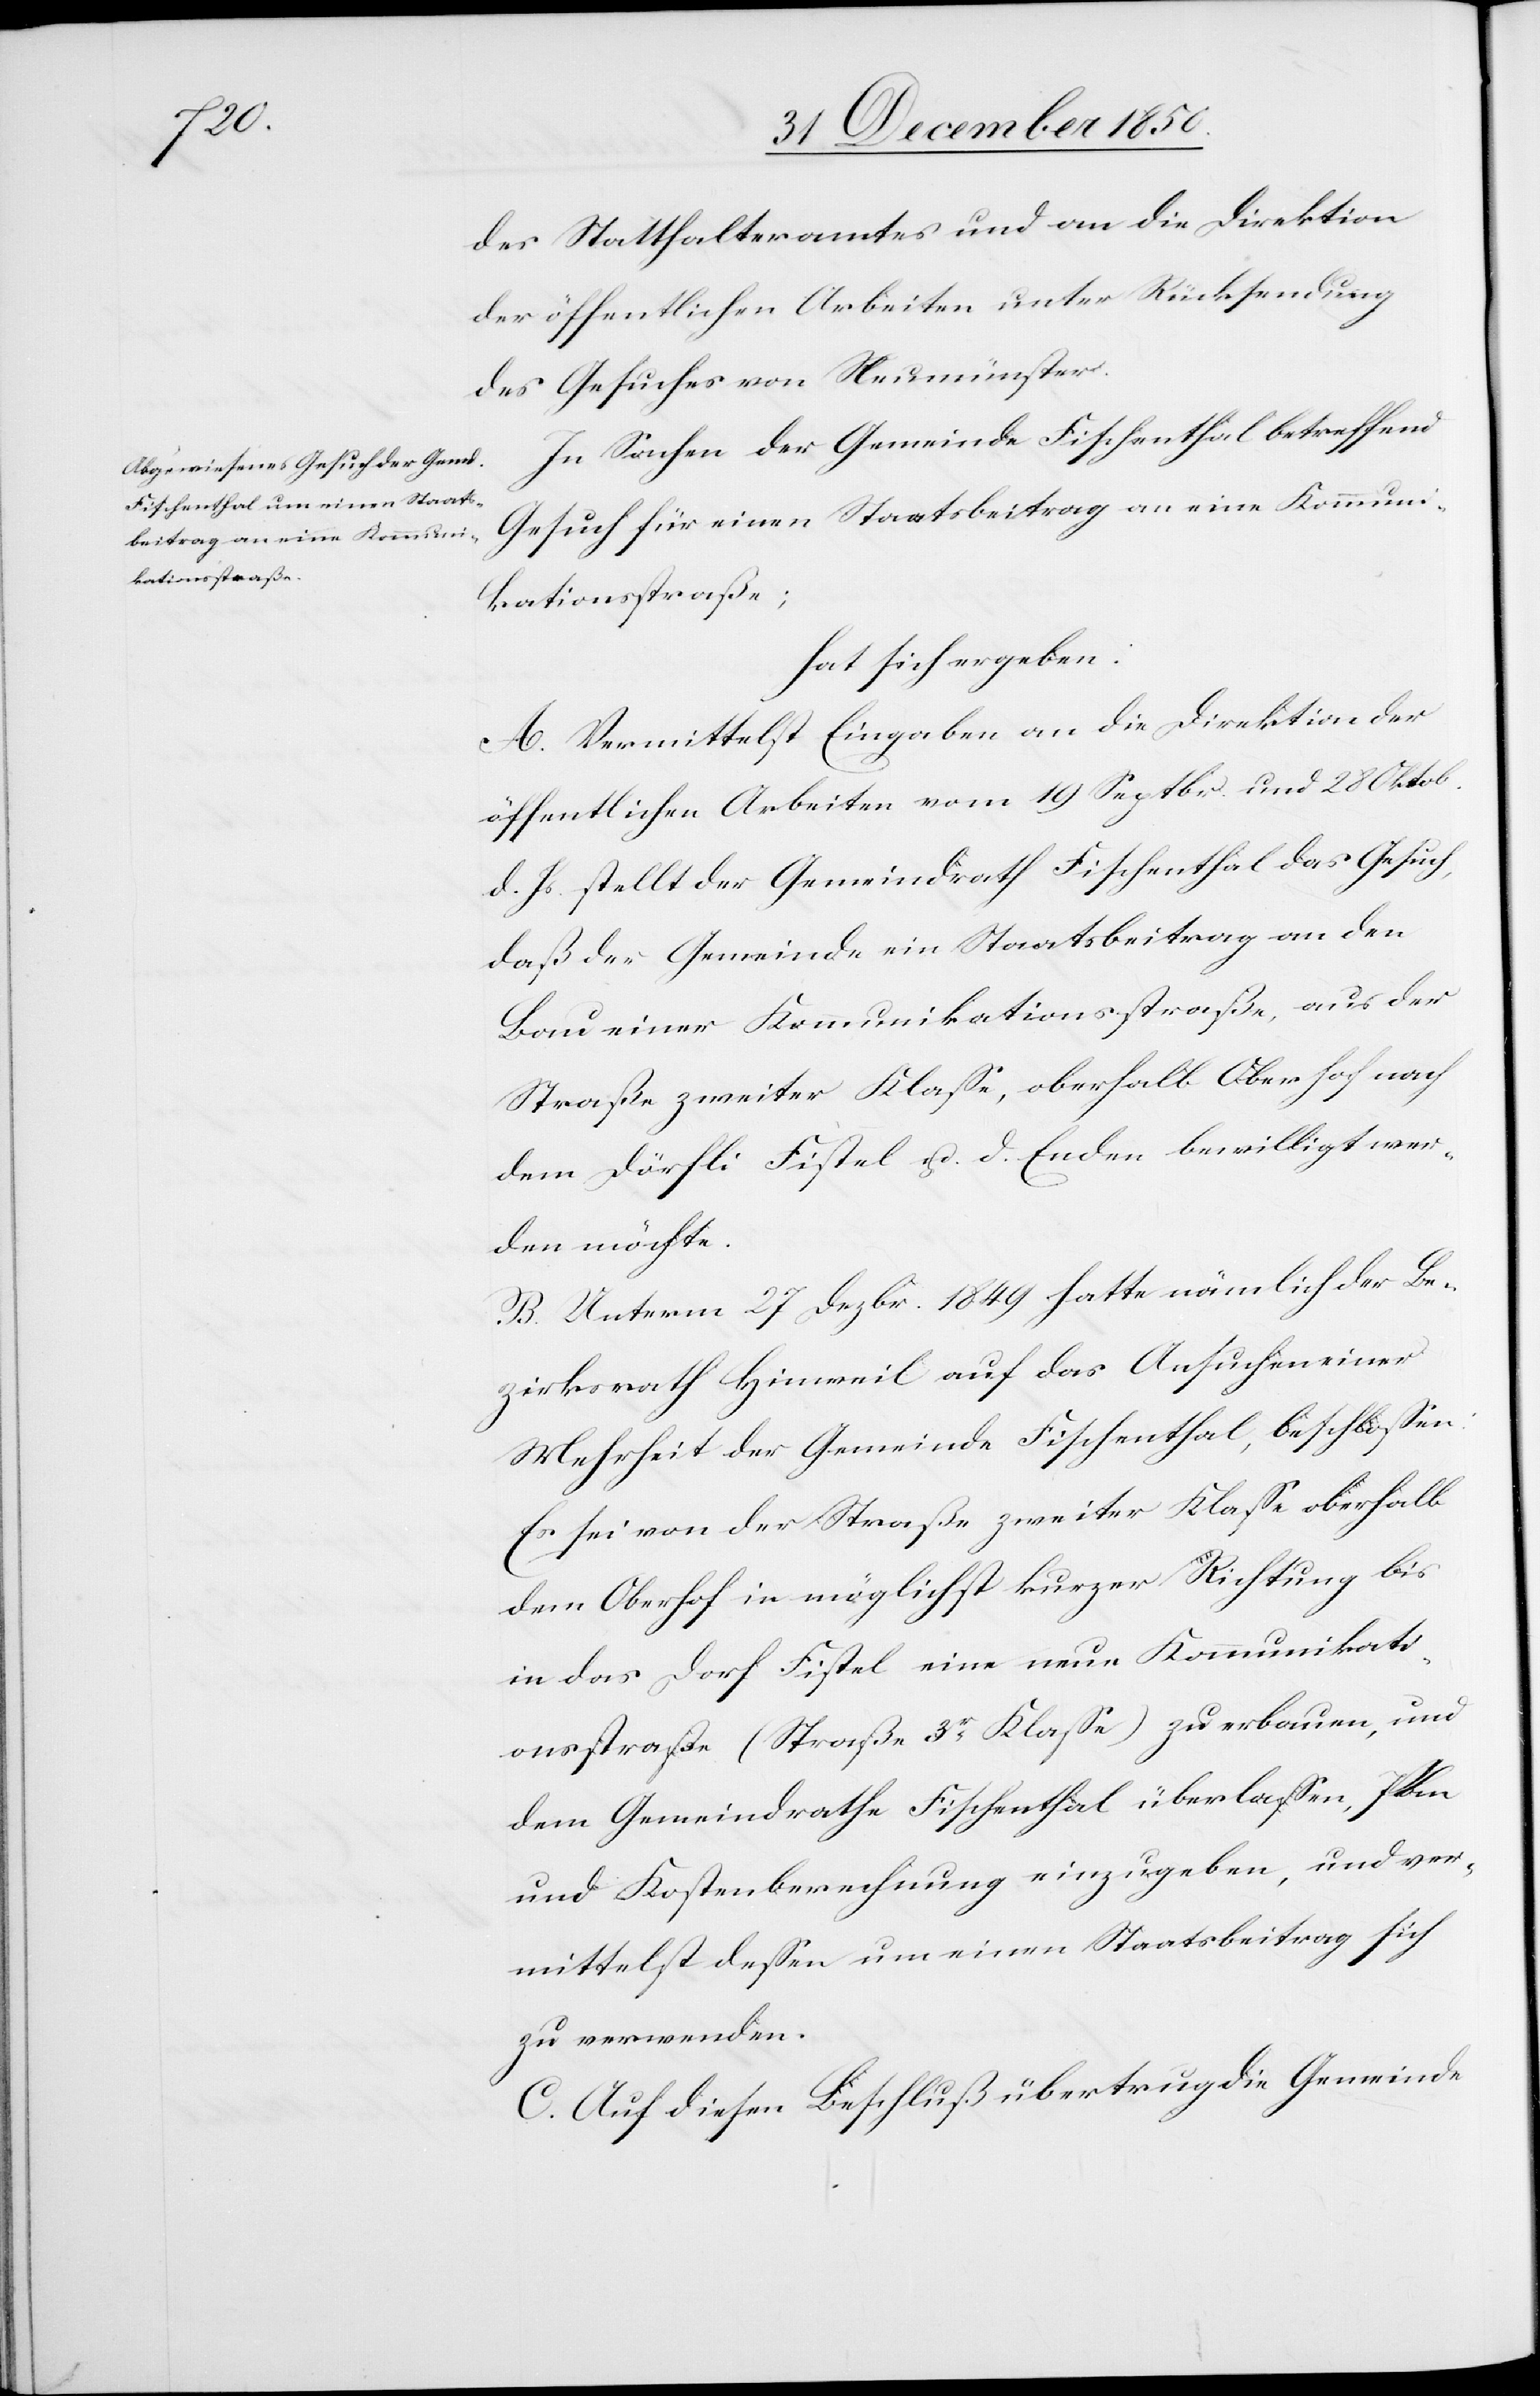
des Statthalteramtes und an die Direktion
der öffentlichen Arbeiten unter Rücksendung
des Gesuches von Neumünster.
In Sachen der Gemeinde Fischenthal betreffend
Gesuch für einen Staatsbeitrag an eine Kommuni¬
kationsstraße;
hat sich ergeben:
A. Vermittelst Eingaben an die Direktion der
öffentlichen Arbeiten vom 19 Septbr. und 28 Oktob.
d. Js. stellt der Gemeindrath Fischenthal das Gesuch,
daß der Gemeinde ein Staatsbeitrag an den
Bau einer Kommunikationsstraße, aus der
Straße zweiter Klasse, oberhalb Oberhof nach
dem Dörfli Fistel u. d. Enden bewilligt wer¬
den möchte.
B. Unterm 27 Dezbr. 1849 hatte nämlich der Be¬
zirksrath Hinweil auf das Ansuchen einer
Mehrheit der Gemeinde Fischenthal, beschlossen:
Es sei von der Straße zweiter Klasse oberhalb
dem Oberhof in möglichst kurzer Richtung bis
in das Dorf Fistel eine neue Kommunikati¬
onsstraße (Straße 3r Klasse) zu erbauen, und
dem Gemeindrathe Fischenthal überlassen, Plan
und Kostenberechnung einzugeben, und ver¬
mittelst dessen um einen Staatsbeitrag sich
zu verwenden.
C. Auf diesen Beschluß übertrug die Gemeinde